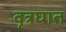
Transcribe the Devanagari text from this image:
वृत्रघात